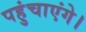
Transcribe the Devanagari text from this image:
पहुंचाएंगे।